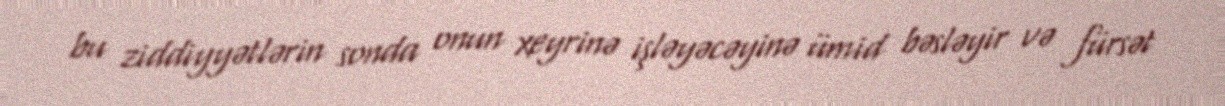
bu ziddiyyətlərin sonda onun xeyrinə işləyəcəyinə ümid bəsləyir və fürsət